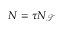
N = \tau N _ { \mathcal { T } }